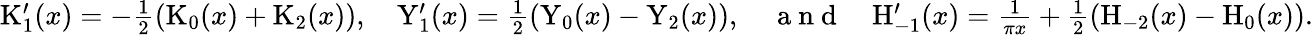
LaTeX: \begin{array}{r}{\mathrm{K}_{1}^{\prime}(x)=-\frac{1}{2}\left(\mathrm{K}_{0}(x)+\mathrm{K}_{2}(x)\right),\quad\mathrm{Y}_{1}^{\prime}(x)=\frac{1}{2}\left(\mathrm{Y}_{0}(x)-\mathrm{Y}_{2}(x)\right),\quad\mathrm{~a~n~d~}\quad\mathrm{H}_{-1}^{\prime}(x)=\frac{1}{\pi x}+\frac{1}{2}\left(\mathrm{H}_{-2}(x)-\mathrm{H}_{0}(x)\right).}\end{array}